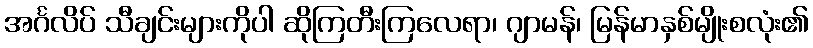
အင်္ဂလိပ် သီချင်းများကိုပါ ဆိုကြတီးကြလေရာ၊ ဂျာမန်၊ မြန်မာနှစ်မျိုးစလုံး၏